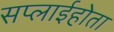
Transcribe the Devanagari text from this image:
सप्लाईहोता